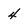
Character: 4